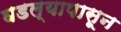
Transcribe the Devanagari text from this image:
घडल्यापासून